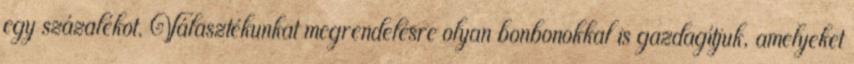
egy százalékot. Választékunkat megrendelésre olyan bonbonokkal is gazdagítjuk, amelyeket